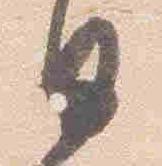
日